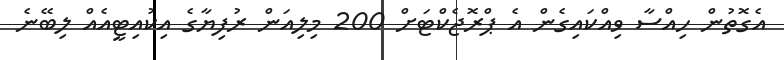
އެގޮތުން ހިއްސާ ވިއްކައިގެން އެ ޕްރޮޖެކްޓަށް 200 މިލިއަން ރުފިޔާގެ އިކުއިޓީއެއް ލިބޭނެ